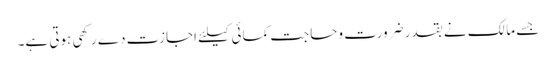
جسے مالک نے بقدر ضرورت وحاجت کمائی کیلئے اجازت دے رکھی ہوتی ہے۔